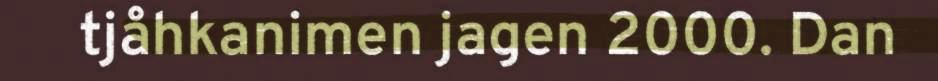
tjåhkanimen jagen 2000. Dan